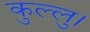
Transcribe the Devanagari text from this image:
कुल्‍लु।